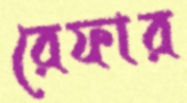
রেফার